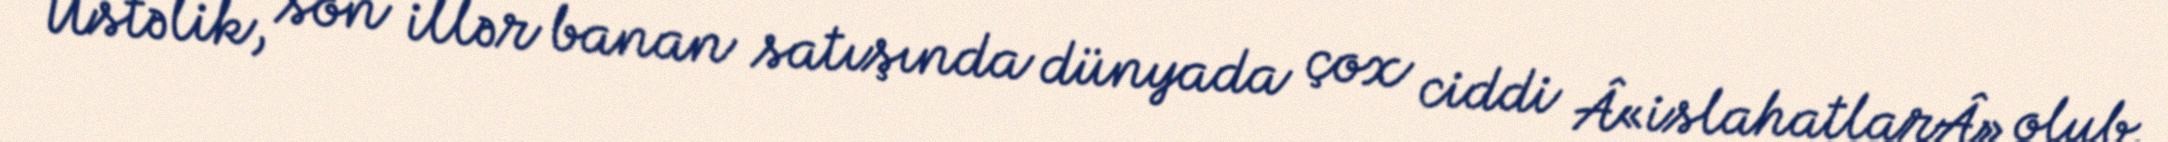
Üstəlik, son illər banan satışında dünyada çox ciddi Â«islahatlarÂ» olub.